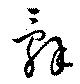
辭